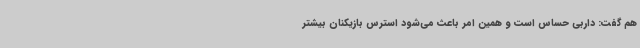
هم گفت: داربی حساس است و همین امر باعث می‌شود استرس بازیکنان بیشتر